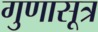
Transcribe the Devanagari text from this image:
गुणासूत्र